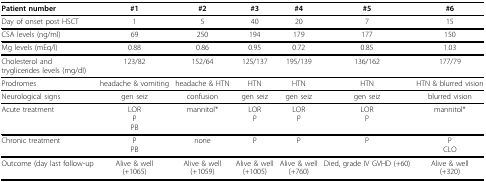
| Patient number | #1 | #2 | #3 | #4 | #5 | #6 |
 | --- | --- | --- | --- | --- | --- | --- |
 | Day of onset post HSCT | 1 | 5 | 40 | 20 | 7 | 15 |
 | CSA levels (ng/ml) | 69 | 250 | 194 | 179 | 177 | 150 |
 | Mg levels (mEq/l) | 0.88 | 0.86 | 0.95 | 0.72 | 0.85 | 1.03 |
 | Cholesterol andtryglicerides levels (mg/dl) | 123/82 | 152/64 | 125/137 | 195/139 | 136/162 | 177/79 |
 | Prodromes | headache & vomiting | headache & HTN | HTN | HTN | HTN | HTN & blurred vision |
 | Neurological signs | gen seiz | confusion | gen seiz | gen seiz | gen seiz | blurred vision |
 | Acute treatment | LORPPB | mannitol* | LORP | LORP | LORP | mannitol* |
 | Chronic treatment | PPB | none | P | P | P | PCLO |
 | Outcome (day last follow-up | Alive & well(+1065) | Alive & well(+1059) | Alive & well(+1005) | Alive & well(+760) | Died, grade IV GVHD (+60) | Alive & well(+320) |